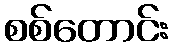
စစ်တောင်း